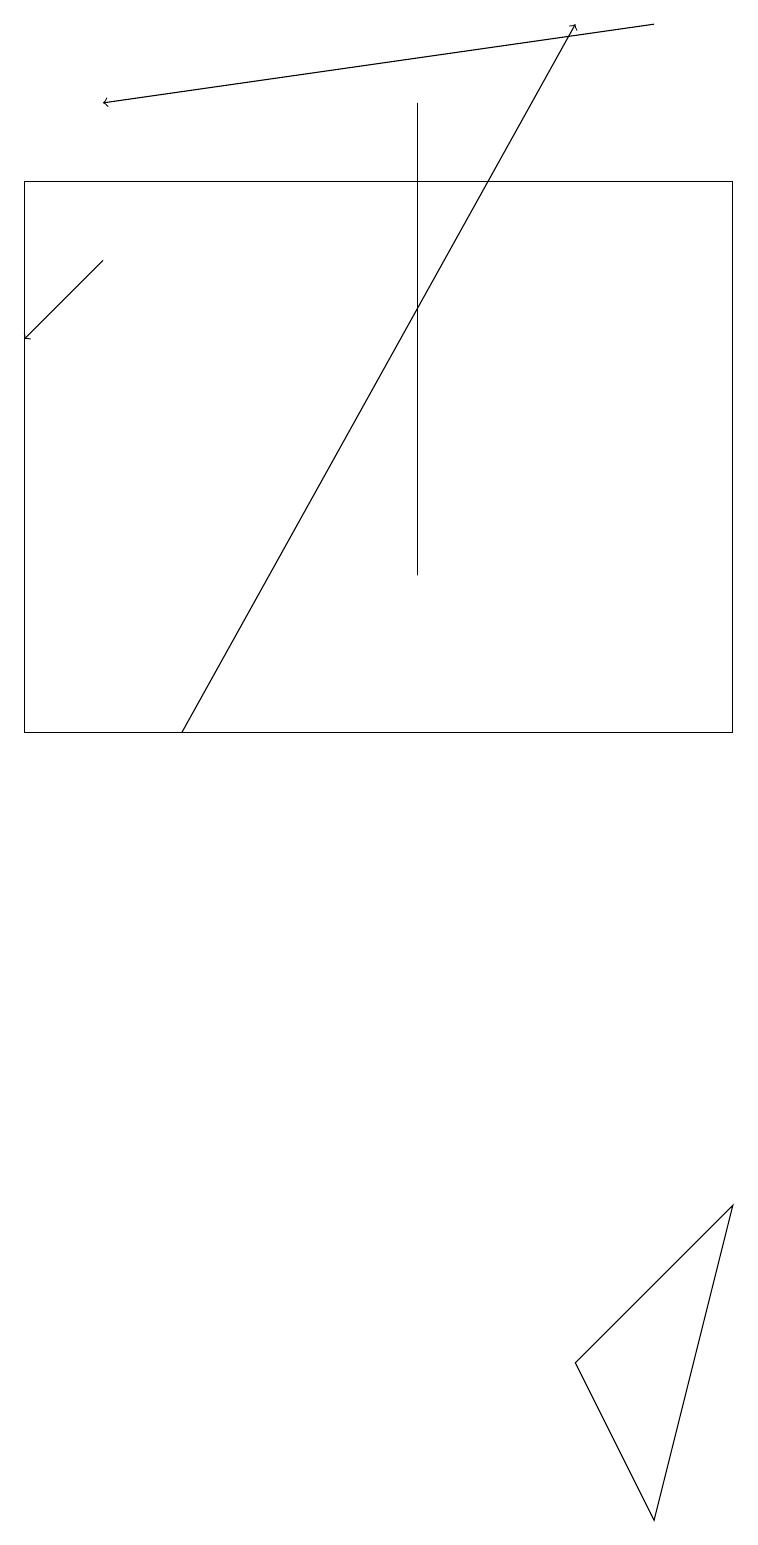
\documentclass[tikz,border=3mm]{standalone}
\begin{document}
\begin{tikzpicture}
\draw[->] (8,19) -- (1,18);
\draw (8,0) -- (9,4) -- (7,2) -- cycle;
\draw (0,17) rectangle (9,10);
\draw (5,18) rectangle (5,12);
\draw[->] (1,16) -- (0,15);
\draw[->] (2,10) -- (7,19);
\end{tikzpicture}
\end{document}